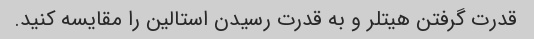
قدرت گرفتن هیتلر و به قدرت رسیدن استالین را مقایسه کنید.